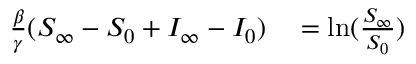
\begin{array} { r l } { \frac { \beta } { \gamma } ( S _ { \infty } - S _ { 0 } + I _ { \infty } - I _ { 0 } ) } & { { } = \ln ( \frac { S _ { \infty } } { S _ { 0 } } ) } \end{array}